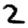
Digit: 2